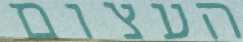
העצום